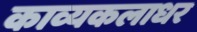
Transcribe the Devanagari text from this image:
काव्यकलाधर